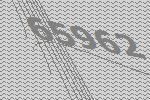
65962